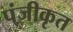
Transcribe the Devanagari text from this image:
प्ंजीकृत